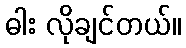
ဓါး လိုချင်တယ်။